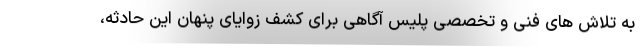
به تلاش های فنی و تخصصی پلیس آگاهی برای کشف زوایای پنهان این حادثه،